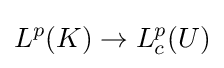
L^{p}(K)\to L_{c}^{p}(U)